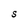
Character: S